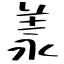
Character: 羕